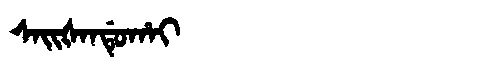
Manchu: ᠰᠠᡳᡧᠠᠨᡩᡠᡥᠠᡳ
Romanization: SAIŠANDUHAI